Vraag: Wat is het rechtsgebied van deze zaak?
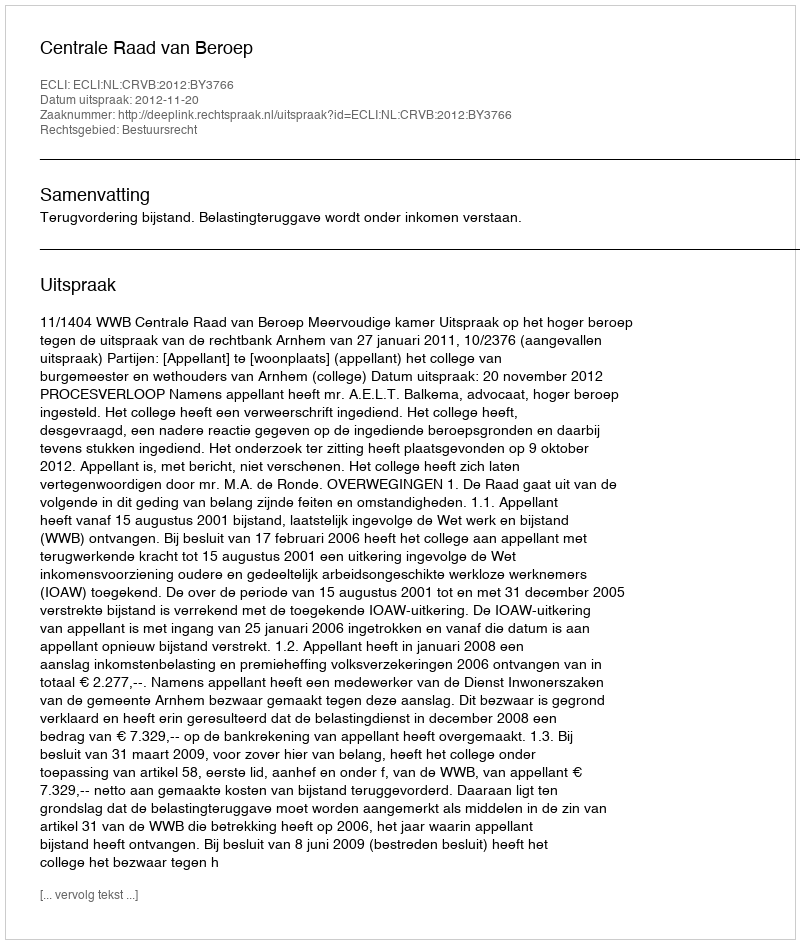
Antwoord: Bestuursrecht